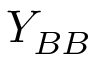
Y _ { B B }